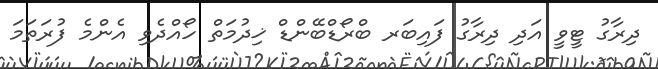
ދިރާގު ޓީވީ އަދި ދިރާގު ފައިބަރ ބްރޯޑްބޭންޑް ޚިދުމަތް ހޯއްދެވި އެންމެ ފުރަތަމަ